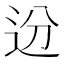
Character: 𬨟